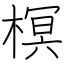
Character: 榠